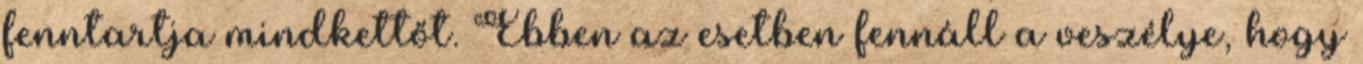
fenntartja mindkettőt. Ebben az esetben fennáll a veszélye, hogy